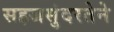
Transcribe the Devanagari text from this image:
सहजसुंदरतेने